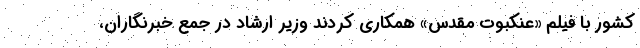
کشور با فیلم «عنکبوت مقدس» همکاری کردند وزیر ارشاد در جمع خبرنگاران،